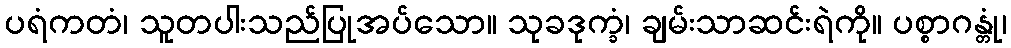
ပရံကတံ၊ သူတပါးသည်ပြုအပ်သော။ သုခဒုက္ခံ၊ ချမ်းသာဆင်းရဲကို။ ပစ္စာဂန္တုံ၊